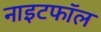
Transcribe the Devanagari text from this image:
नाइटफॉल